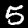
Label: 5